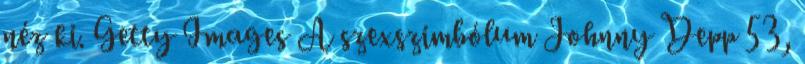
néz ki. Getty Images A szexszimbólum Johnny Depp 53,